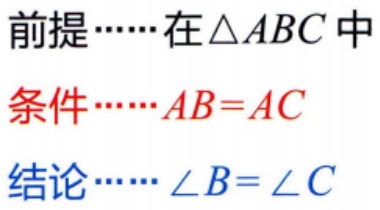
前提\(\cdots\cdots\)在\(\triangle ABC\)中
条件\(\cdots\cdots AB = AC\)
结论\(\cdots\cdots\angle B=\angle C\)